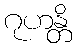
ဂုဟန္တိ